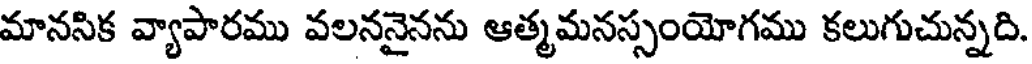
మానసిక వ్యాపారము వలననైనను ఆత్మమనస్సంయోగము కలుగుచున్నది